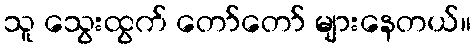
သူ သွေးထွက် တော်တော် များနေတယ်။